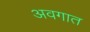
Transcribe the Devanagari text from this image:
अवगात